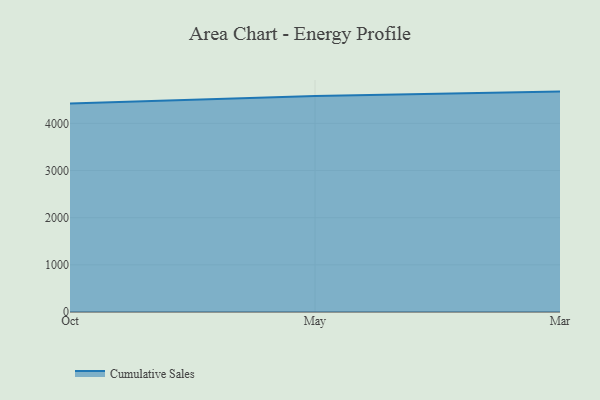
{"axis": {"x": "Month", "y": "Gross Profit (USD K)"}, "legend": ["Cumulative Sales"], "data": [{"x": "Oct", "y": 4422.5, "type": "Cumulative Sales"}, {"x": "May", "y": 4582.2, "type": "Cumulative Sales"}, {"x": "Mar", "y": 4673.0, "type": "Cumulative Sales"}]}